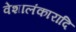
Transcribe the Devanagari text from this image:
वेशालंकारादि